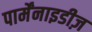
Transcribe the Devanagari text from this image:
पार्मेंनाइडीज़